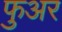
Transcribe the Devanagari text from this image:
फुअर